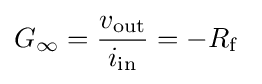
G_{\infty }={\frac {v_{\mathrm {out} }}{i_{\mathrm {in} }}}=-R_{\mathrm {f} }\